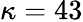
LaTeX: \kappa=43